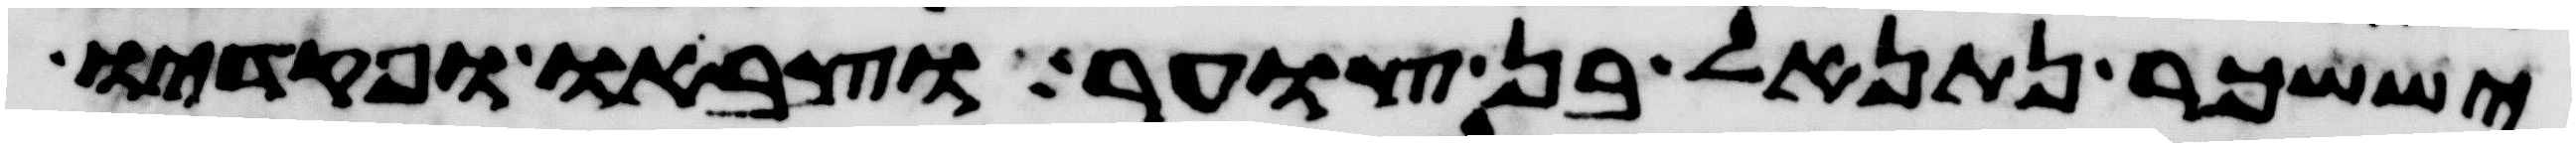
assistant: יששכר נתנאל בן צוער וצבאו ופקדיו